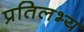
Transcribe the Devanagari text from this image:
प्रतिलभ्य